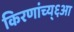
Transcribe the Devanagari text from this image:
किरणांच्य्६आ